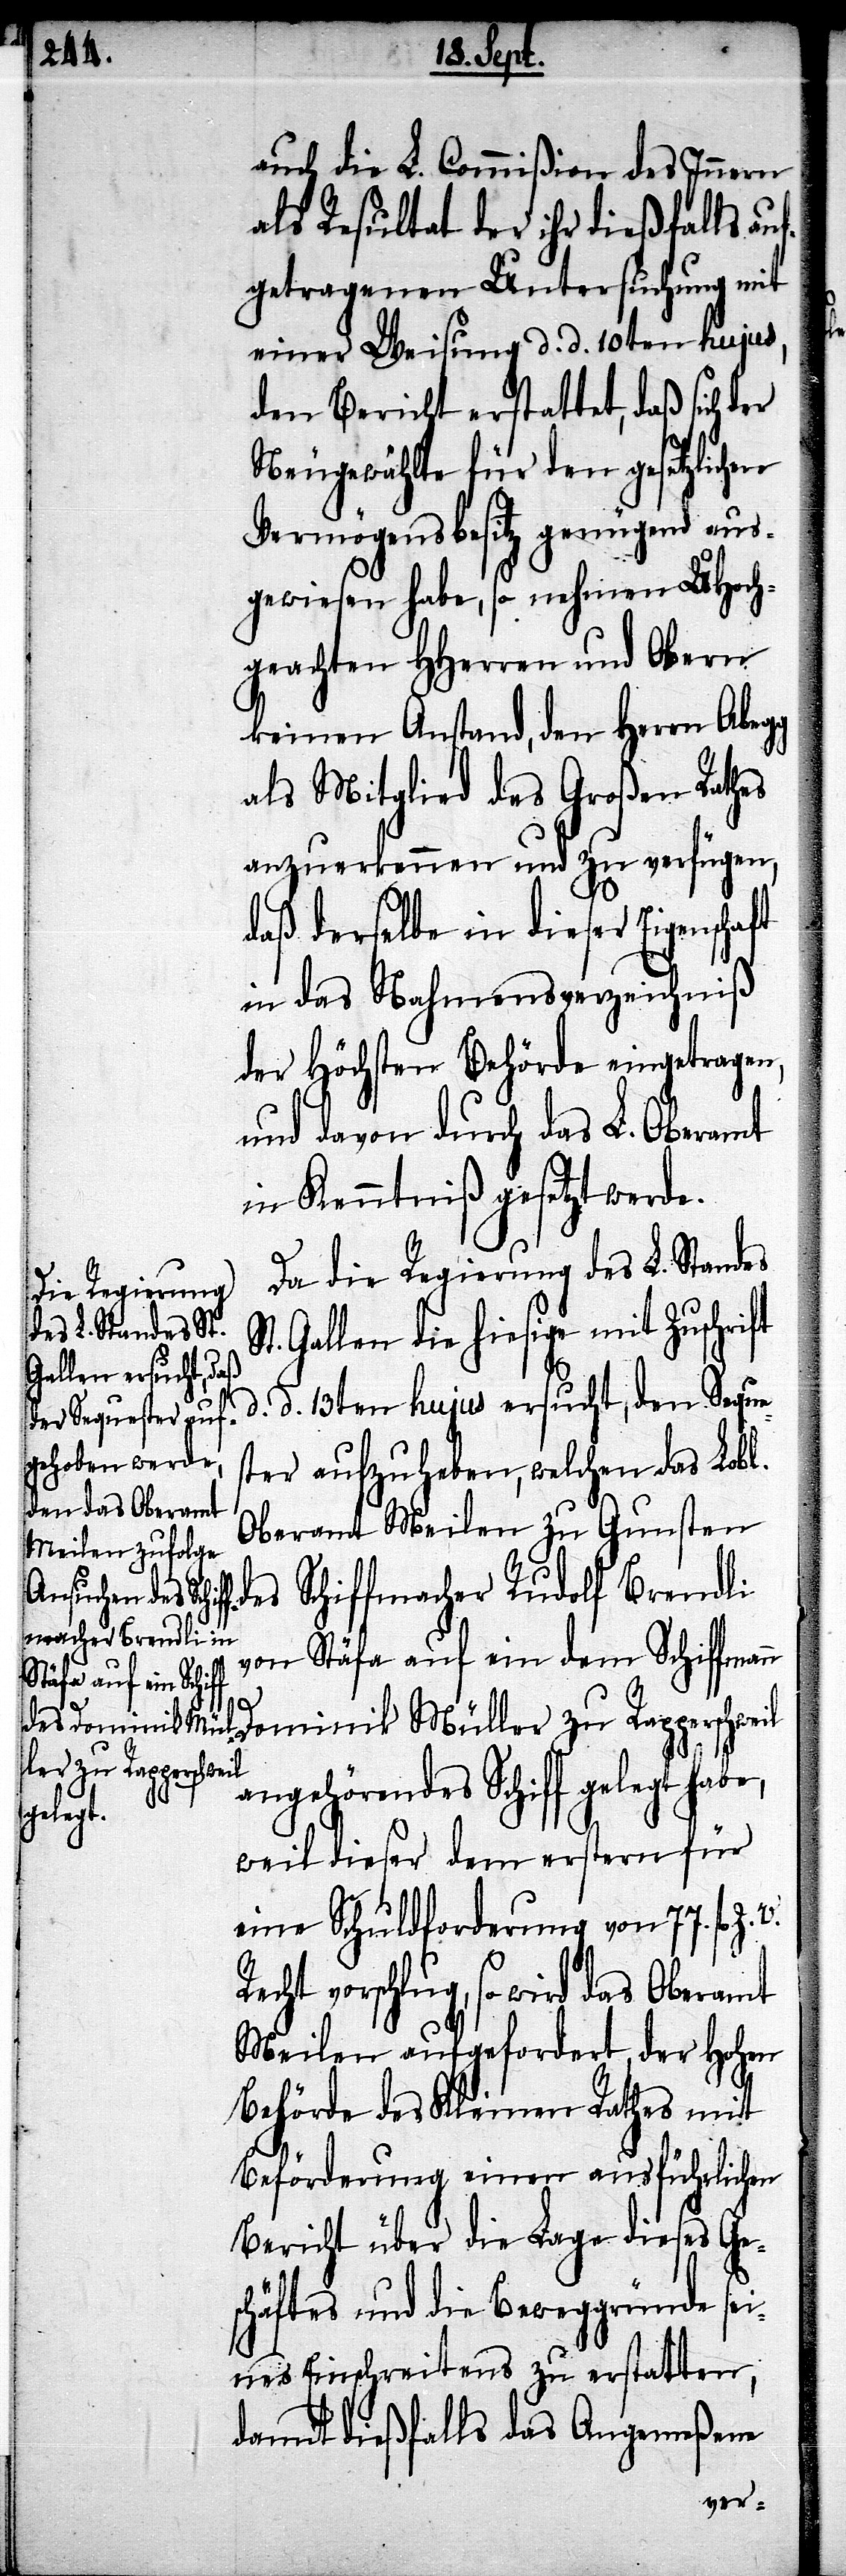
aft

auch die L. Commißion des Innern
als Resultat der ihr dießfalls auf¬
getragenen Untersuchung mit
einer Weisung d. d. 10ten hujus,
den Bericht erstattet, daß sich der
Neugewählte für den gesetzlichen
Vermögensbesitz genügend aus¬
gewiesen habe, so nehmen UHoch¬
geachten HHerren und Obern
keinen Anstand, den Herrn Abegg
als Mitglied des Großen Rathes
anzuerkennen und zu verfügen,
daß derselbe in dieser Eigensch¬
in das Nahmensverzeichniß
der höchsten Behörde eingetragen,
und davon durch das L. Oberamt
in Kenntniß gesetzt werde.
Da die Regierung des L. Standes
Gallen die hiesige mit Zuschrift
d. d. 13ten hujus ersucht, den Seque¬
ster aufzuheben, welchen das Lobl.
Oberamt Meilen zu Gunsten
des Schiffmacher Rudolf Brendli
von Stäfa auf ein dem Schiffmann
Dominik Müller zu Rapperschweil
angehörendes Schiff gelegt
weil dieser dem erstern für
eine Schuldforderung von 77. fl. Z.
vorschlug, so wird das Oberamt
Meilen aufgefordert, der hohen
Behörde des Kleinen Rathes mit
Beförderung einen ausführlichen
Bericht über die Lage dieses Ges¬
chäftes und die Beweggründe sei¬
nes Einschreitens zu erstatten,
damit dießfalls das Angemeßene